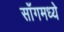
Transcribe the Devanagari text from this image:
साँगमध्ये